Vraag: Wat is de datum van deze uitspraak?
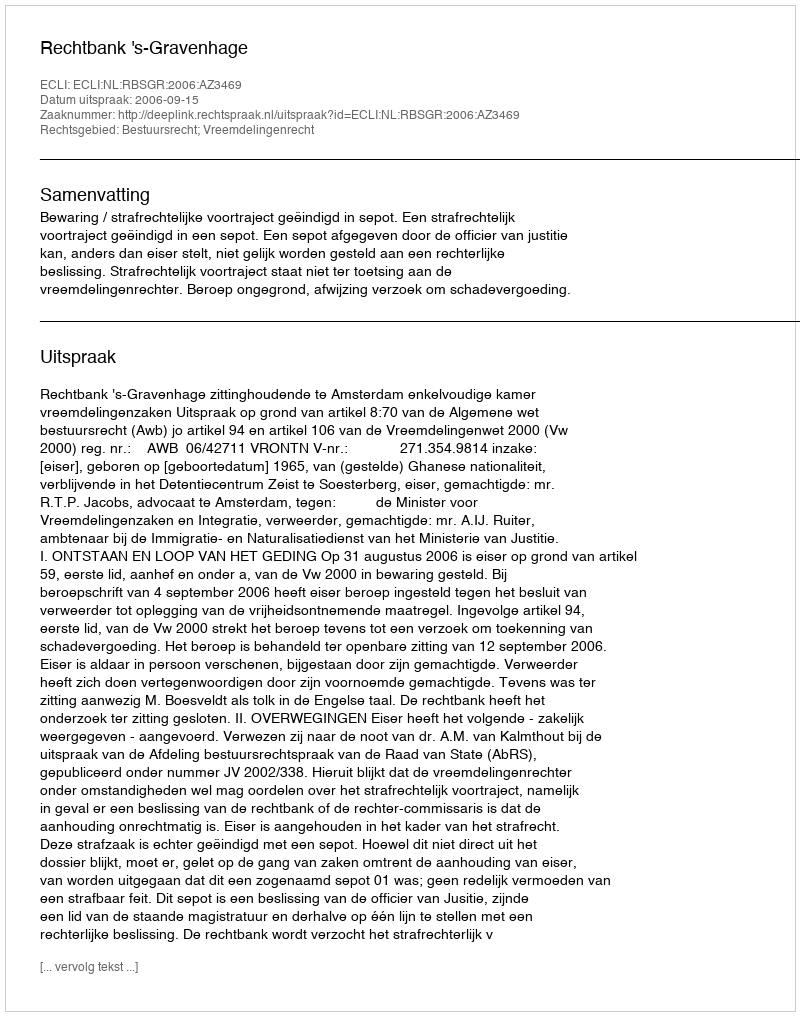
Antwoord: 2006-09-15